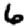
Digit: 6